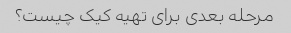
مرحله بعدی برای تهیه کیک چیست؟